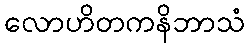
လောဟိတကနိဘာသံ